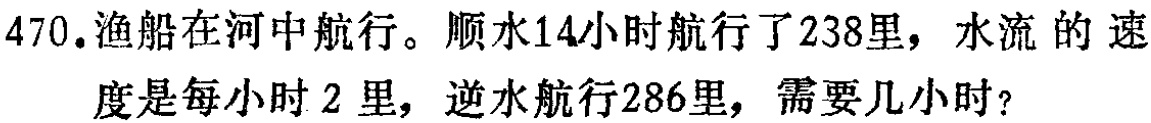
470.渔船在河中航行。顺水14小时航行了238里，水流的速

度是每小时2里，逆水航行286里，需要几小时？